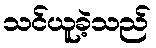
သင်ယူခဲ့သည်